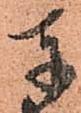
奉